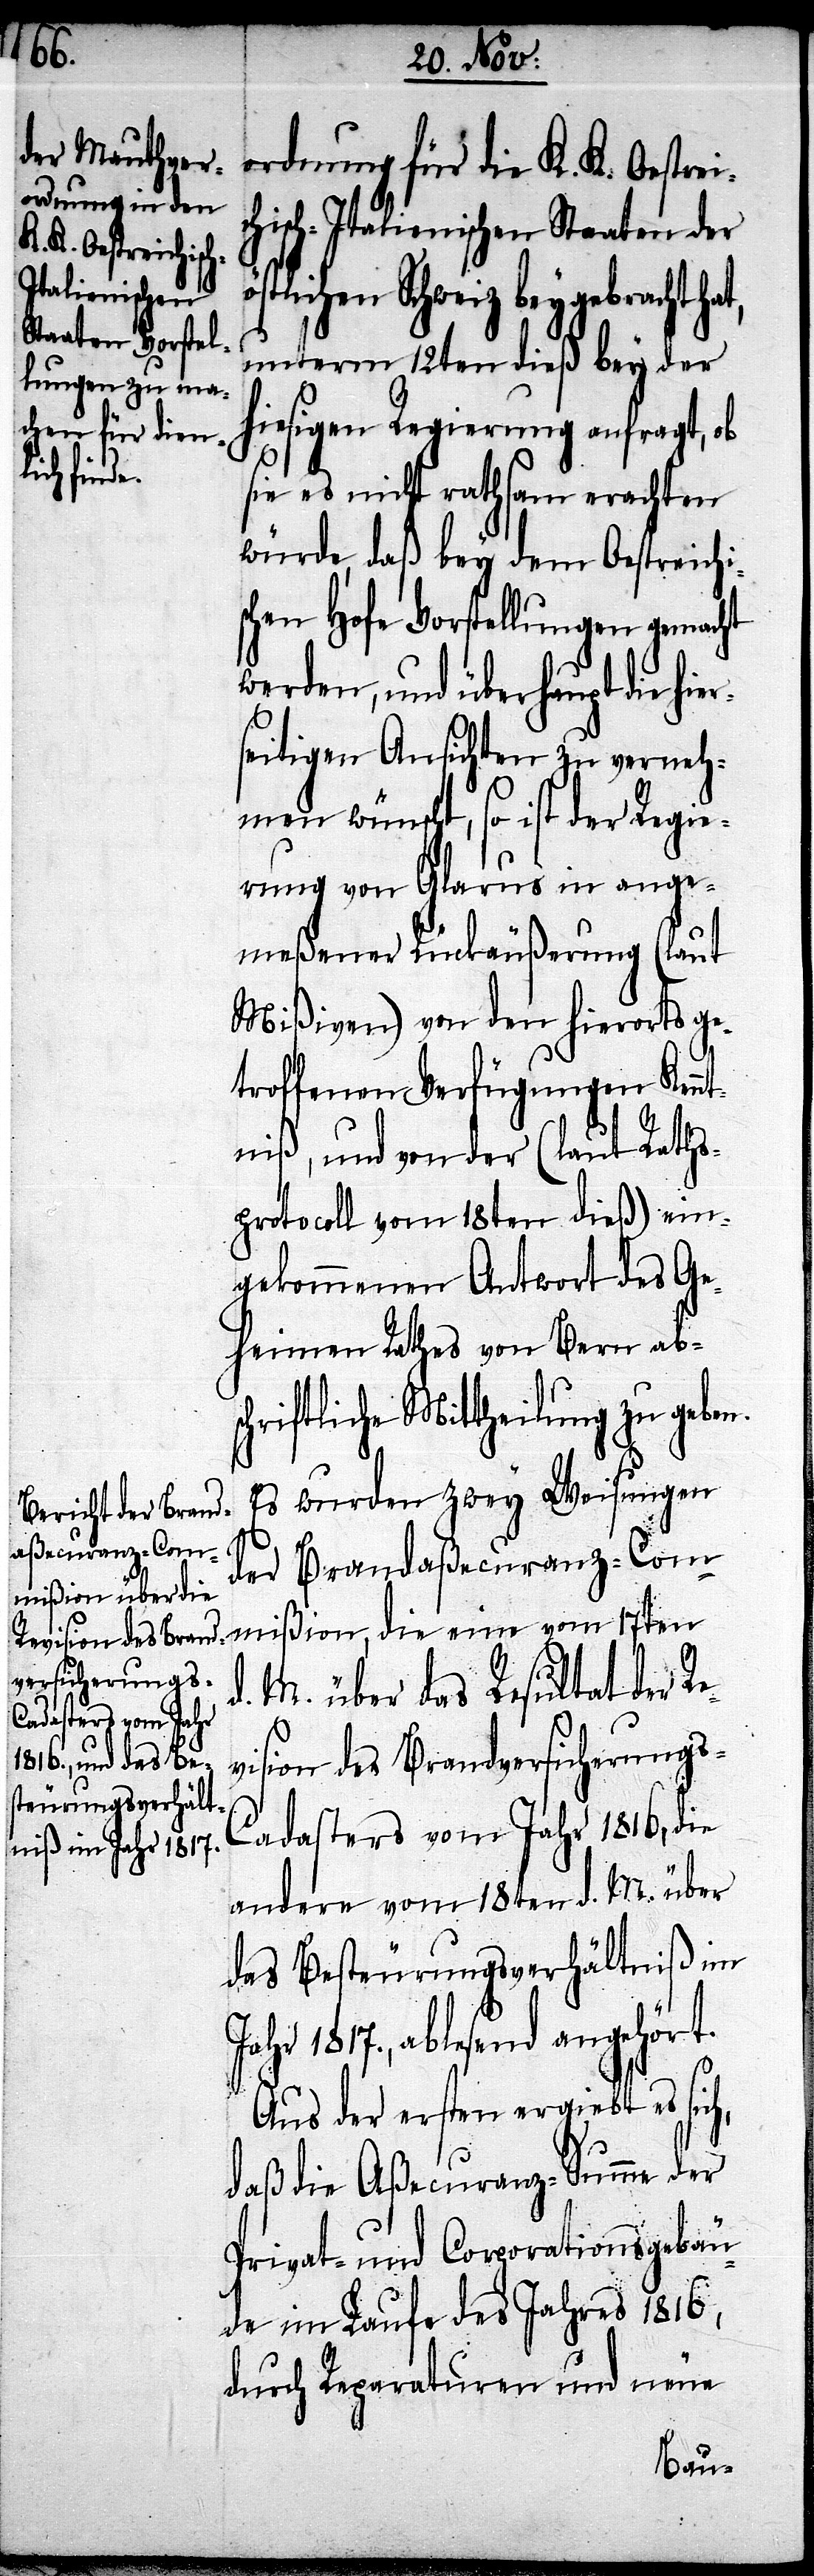
L.
neue Mauthver-
evision des Brand¬
versicherungs-C¬

ordnung für die K. K. Oestrei¬
chisch-Italienischen Staaten der
östlichen Schweiz beygebracht hat,
unterm 12ten dieß bei der
hiesigen Regierung anfragt, ob
sie es nicht rathsam erachten
würde, daß bey dem Oestreichi¬
schen Hofe Vorstellungen gemacht
werden, und überhaupt die hie¬
seitigen Ansichten zu verneh¬
men wünscht, so ist der Regie¬
rung von Glarus in ange¬
meßener Rückäußerung (laut
Mißiven) von den hierorts ge¬
troffenen Verfügungen Kenn¬
tniß, und von der (laut Raths¬
protocoll vom 18ten dieß) ein¬
gekommenen Antwort des Ge¬
heimen Raths von Bern absc¬
hriftliche Mittheilung zu geben.
Es wurden zwey Weisungen
h,
der Brandaßecuranz-Com¬
mißion, die eine vom 17ten
d. M. über das Resultat der R¬
adasters vom Jahr 1816, die
andere vom 18ten d. M. über
das Besteuerungsverhältniß im
Jahr 1817., ablesend angehört.
Aus der ersten ergiebt es sic¬
daß die Aßecuranz-Summe der
Privat- und Corporationsgebäu¬
de im Laufe des Jahres 1816,
durch Reparaturen und neue